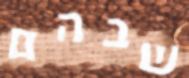
שבהם